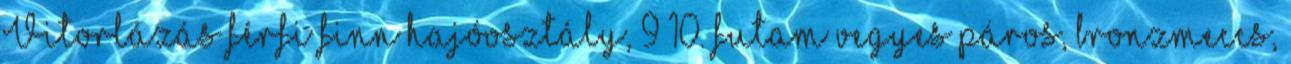
Vitorlázás férfi finn hajóosztály, 9–10. futam vegyes páros, bronzmeccs,